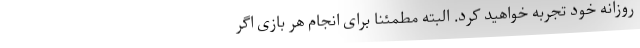
روزانه خود تجربه خواهید کرد. البته مطمئناً برای انجام هر بازی اگر